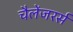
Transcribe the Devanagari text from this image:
चैलेंजरर्स